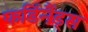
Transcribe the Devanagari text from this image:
फर्डिनैंड्स